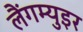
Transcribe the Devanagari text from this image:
लैंगम्युइर